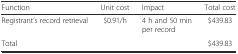
<table><thead><tr><td><b>Function</b></td><td><b>Unit cost</b></td><td><b>Impact</b></td><td><b>Total cost</b></td></tr></thead><tbody><tr><td>Registrant’s record retrieval</td><td>$0.91/h</td><td>4 h and 50 min per record</td><td>$439.83</td></tr><tr><td colspan="3">Total</td><td>$439.83</td></tr></tbody></table>